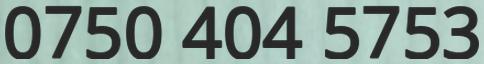
0750 404 5753